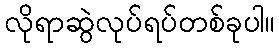
လိုရာဆွဲလုပ်ရပ်တစ်ခုပါ။